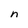
Character: n